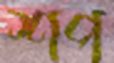
শপ